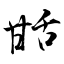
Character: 甛